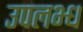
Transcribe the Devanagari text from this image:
उपलभ्ध